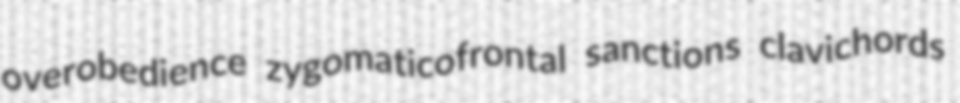
overobedience zygomaticofrontal sanctions clavichords